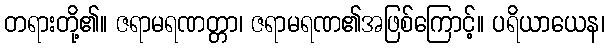
တရားတို့၏။ ဇရာမရဏတ္တာ၊ ဇရာမရဏ၏အဖြစ်ကြောင့်။ ပရိယာယေန၊